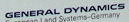
GENERAL DYNAMICS